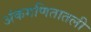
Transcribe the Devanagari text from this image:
अंकगणितातली